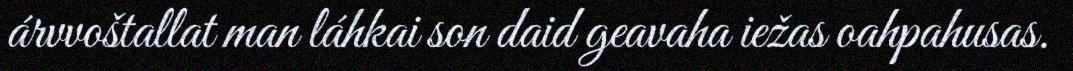
árvvoštallat man láhkai son daid geavaha iežas oahpahusas.